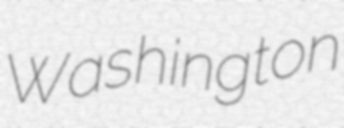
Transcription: Washington